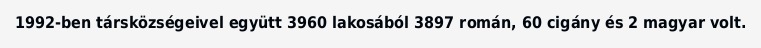
1992-ben társközségeivel együtt 3960 lakosából 3897 román, 60 cigány és 2 magyar volt.